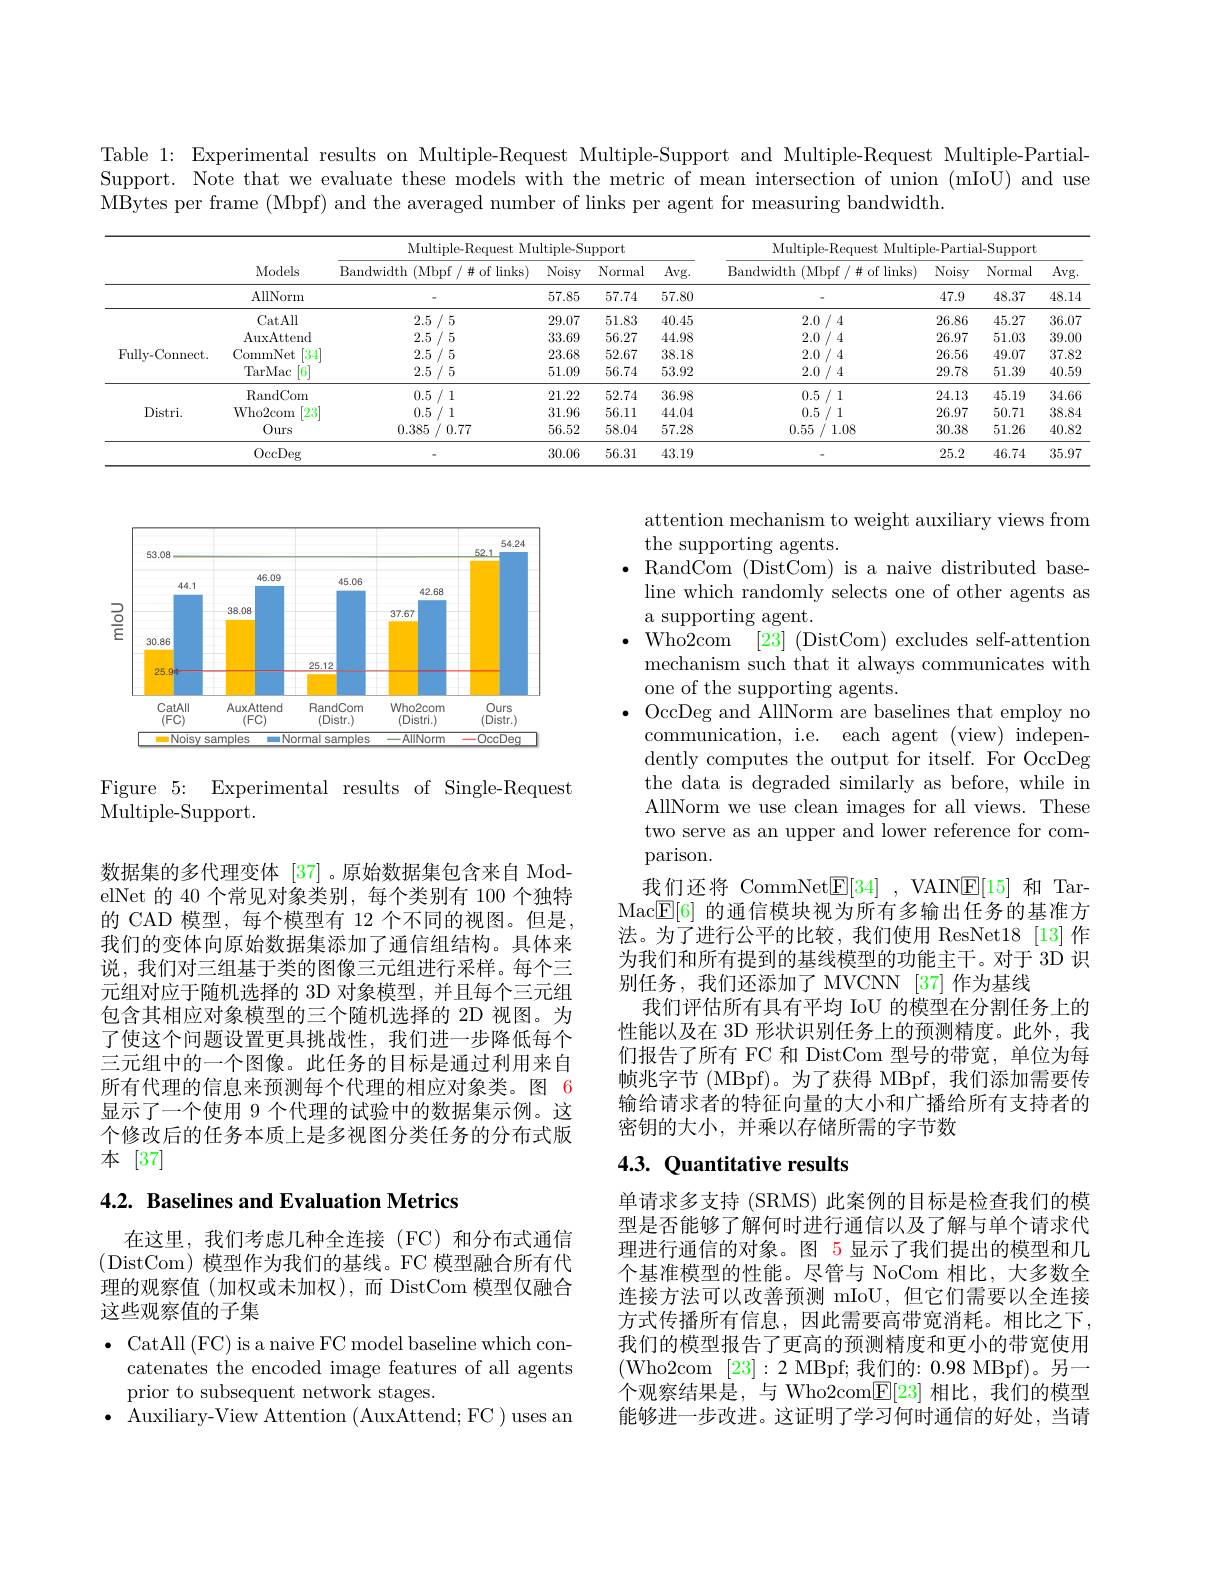
Table 1: Experimental results on Multiple-Request Multiple-Support and Multiple-Request Multiple-PartialSupport. Note that we evaluate these models with the metric of mean intersection of union (mIoU) and use MBytes per frame (Mbpf) and the averaged number of links per agent for measuring bandwidth.

<table>
	<tbody>
		<tr>
			<th> </th>
			<th rowspan="2">Models</th>
			<th colspan="4">Multiple-Request Multiple-Support</th>
			<th colspan="4">Multiple -Kequest Multiple-Partial-Support</th>
		</tr>
		<tr>
			<th> </th>
			<th>$\operatorname{Bandwidth}$ 1 (Mbpf / # of links)</th>
			<th>Noisy</th>
			<th>Normal</th>
			<th>Avg. </th>
			<th>$\operatorname{Bandwidth}$ $\textbf{i ( Mbpf/ \# of links) }$</th>
			<th>Noisy</th>
			<th>Normal</th>
			<th>Avg. </th>
		</tr>
		<tr>
			<td> </td>
			<td>AllNorm</td>
			<td> </td>
			<td>57.85</td>
			<td>57.74</td>
			<td>57.80</td>
			<td> </td>
			<td>47.9</td>
			<td>48.37</td>
			<td>48.14</td>
		</tr>
		<tr>
			<td rowspan="4">$\operatorname{Fully-Connect}.$</td>
			<td>CatAll</td>
			<td>2.5/5</td>
			<td>29.07</td>
			<td>51.83</td>
			<td>40.45</td>
			<td>2.0/4</td>
			<td>26.86</td>
			<td>45.27</td>
			<td>36.07</td>
		</tr>
		<tr>
			<td>AuxAtend</td>
			<td>2.5/5</td>
			<td>33.69</td>
			<td>56.27</td>
			<td>44.98</td>
			<td>2.0/4</td>
			<td>26.97</td>
			<td>51.03</td>
			<td>39.00.</td>
		</tr>
		<tr>
			<td>CommNet $\begin{bmatrix}34\\34\end{bmatrix}.$</td>
			<td>2.5/5</td>
			<td>23.68</td>
			<td>52.67</td>
			<td>38.18</td>
			<td>2.0/4</td>
			<td>26.56</td>
			<td>49.07</td>
			<td>37.82</td>
		</tr>
		<tr>
			<td>TarMac [6]</td>
			<td>2.5/5</td>
			<td>51.09</td>
			<td>56.74</td>
			<td>53.92</td>
			<td>2.0/4</td>
			<td>29.78</td>
			<td>51.39</td>
			<td>40.59</td>
		</tr>
		<tr>
			<td rowspan="4">Distri.</td>
			<td>$\operatorname{RandCom}$</td>
			<td>0.5/1</td>
			<td>21.22</td>
			<td>52.74</td>
			<td>36.98</td>
			<td>0.5/1</td>
			<td>24.13</td>
			<td>45.19</td>
			<td>34.66</td>
		</tr>
		<tr>
			<td>Who2com [23]</td>
			<td>0.5/1</td>
			<td>31.96</td>
			<td>56.11</td>
			<td>44.04</td>
			<td>0.5/1</td>
			<td>26.97</td>
			<td>50.71</td>
			<td>38.84</td>
		</tr>
		<tr>
			<td>Ours</td>
			<td>0.385 / 0.77</td>
			<td>56.52</td>
			<td>58.04</td>
			<td>57.28</td>
			<td>0.55 / 1.08</td>
			<td>30.38</td>
			<td>51.26</td>
			<td>40.82</td>
		</tr>
		<tr>
			<td>OccDeg</td>
			<td> </td>
			<td>30.06</td>
			<td>56.31</td>
			<td>43.19</td>
			<td> </td>
			<td>25.2</td>
			<td>46.74</td>
			<td>35.97</td>
		</tr>
	</tbody>
</table>

<FigureHere>

Figure 5: Experimental results of Single-Request
Multiple- Support.

attention mechanism to weight auxiliary views from
the supporting agents.
$\bullet$ RandCom (DistCom) is a naive distributed base-
line which randomly selects one of other agents as
a supporting agent.
Who2com [23] (DistCom) excludes self-attention mechanism such that it always communicates with one of the supporting agents.
$\bullet$ OccDeg and AllNorm are baselines that employ no
communication, i.e. each agent (view) independently computes the output for itself. For OccDeg the data is degraded similarly as before, while in AllNorm we use clean images for all views. These two serve as an upper and lower reference for comparison.
我们还将 CommNet$\underline {\mathrm{E} }[ 34]$ , VAIN$\underline{\mathrm{E}}[15]$和 TarMac$\boxed{\mathrm{F}}[6]$的通信模块视为所有多输出任务的基准方法。为了进行公平的比较，我们使用 ResNet18[13]作为我们和所有提到的基线模型的功能主干。对于 3D 识别任务，我们还添加了 MVCNN [37] 作为基线
我们评估所有具有平均 IoU 的模型在分割任务上的性能以及在 3D 形状识别任务上的预测精度。此外，我们报告了所有 FC 和 DistCom 型号的带宽，单位为每帧兆字节 (MBpf)。为了获得 MBpf, 我们添加需要传输给请求者的特征向量的大小和广播给所有支持者的密钥的大小，并乘以存储所需的字节数

数据集的多代理变体 [37]。原始数据集包含来自 ModelNet 的 40 个常见对象类别，每个类别有 100 个独特的 CAD 模型，每个模型有 12 个不同的视图。但是， 我们的变体向原始数据集添加了通信组结构。具体来说，我们对三组基于类的图像三元组进行采样。每个三元组对应于随机选择的 3D 对象模型，并且每个三元组包含其相应对象模型的三个随机选择的 2D 视图。为了使这个问题设置更具挑战性，我们进一步降低每个三元组中的一个图像。此任务的目标是通过利用来自所有代理的信息来预测每个代理的相应对象类。图 6显示了一个使用 9 个代理的试验中的数据集示例。这个修改后的任务本质上是多视图分类任务的分布式版本[37]

## 4.3. Quantitative results

## 4.2. Baselines and Evaluation Metrics

单请求多支持 (SRMS) 此案例的目标是检查我们的模型是否能够了解何时进行通信以及了解与单个请求代理进行通信的对象。图 5 显示了我们提出的模型和几个基准模型的性能。尽管与 NoCom 相比，大多数全连接方法可以改善预测 mIoU,但它们需要以全连接方式传播所有信息，因此需要高带宽消耗。相比之下， 我们的模型报告了更高的预测精度和更小的带宽使用(Who2com [23]:2MBpf;我们的：0.98MBpf)。另一个观察结果是，与 Who2com$\boxed{\mathbb{E}}[23]$相比，我们的模型能够进一步改进。这证明了学习何时通信的好处，当请

在这里，我们考虑几种全连接(FC)和分布式通信(DistCom) 模型作为我们的基线。FC 模型融合所有代理的观察值(加权或未加权),而 DistCom 模型仅融合这些观察值的子集
$\bullet$ CatAll (FC) is a naive FC model baseline which con-
catenates the encoded image features of all agents
prior to subsequent network stages.
$\bullet$ Auxiliary-View Attention (AuxAttend; FC) uses an